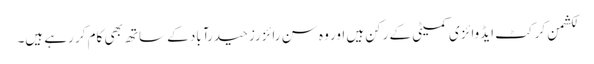
لکشمن کرکٹ ایڈوائزی کمیٹی کے رکن ہیں اور وہ سن رائزرز حیدرآباد کے ساتھ بھی کام کر رہے ہیں۔